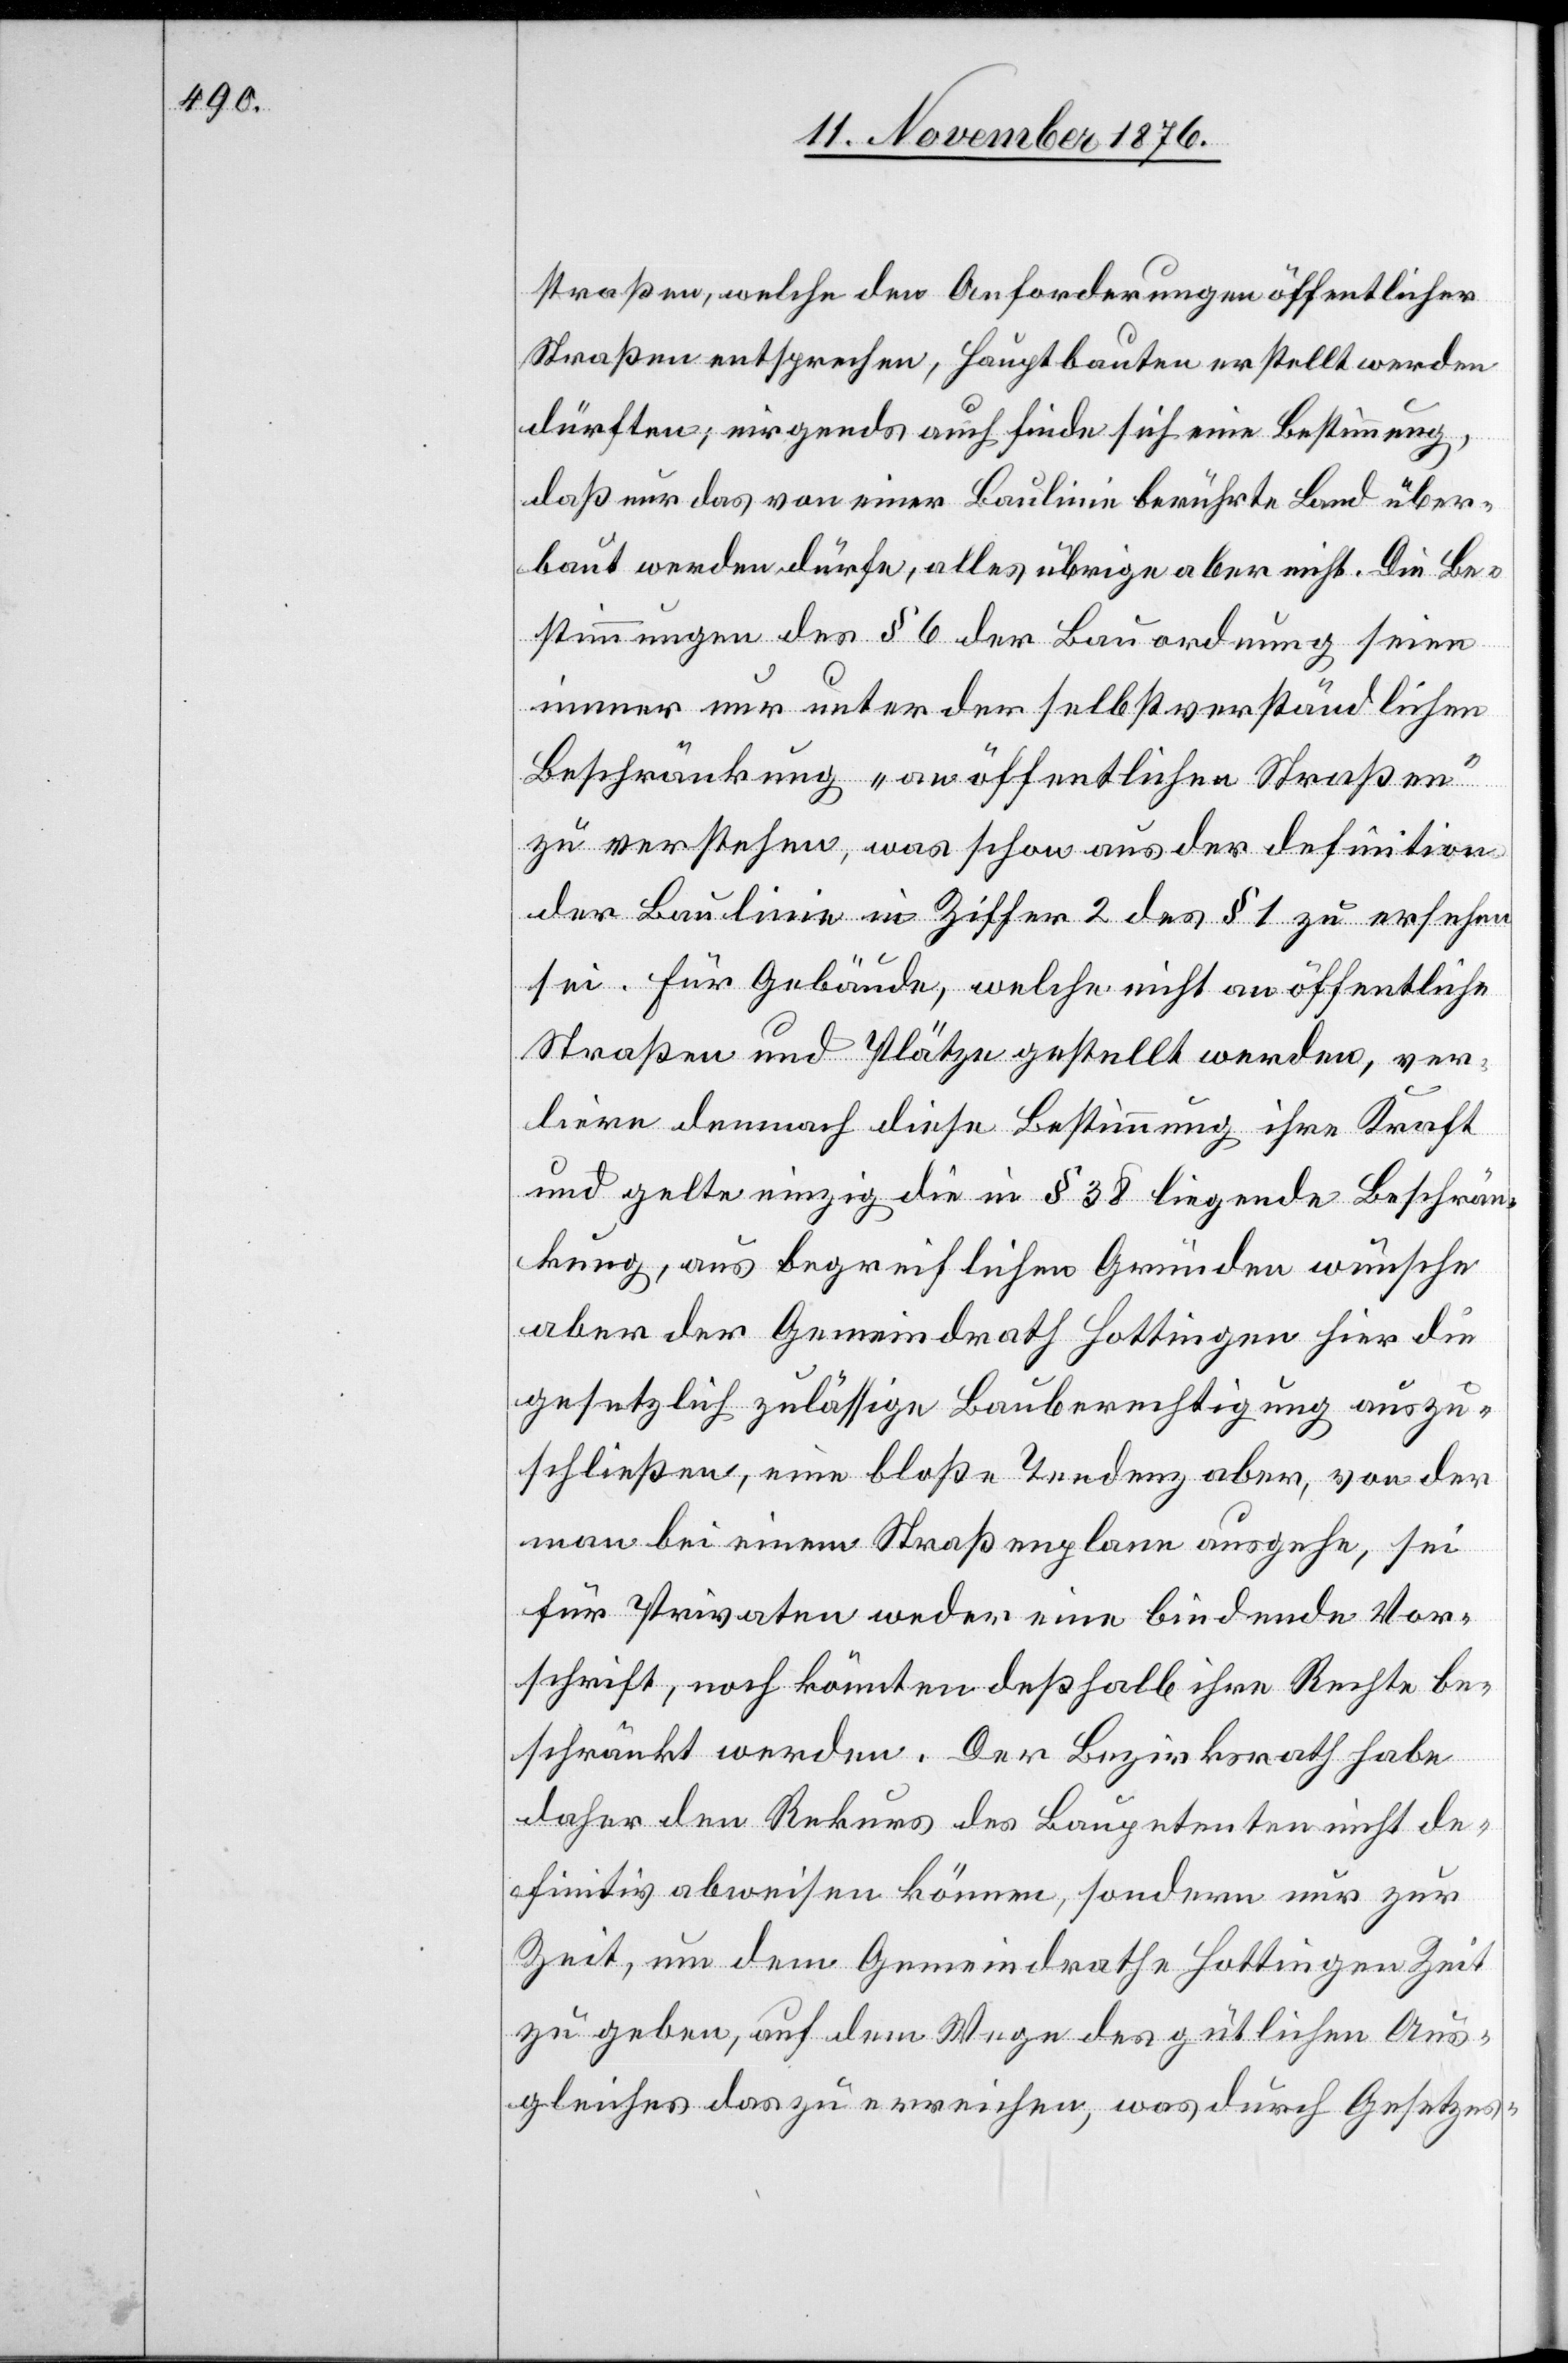
straßen, welche den Anforderungen öffentlicher
Straßen entsprechen, Hauptbauten erstellt werden
dürften; nirgends auch finde sich eine Bestimmung,
daß nur das von einer Baulinie berührte Land über¬
baut werden dürfe, alles übrige aber nicht. Die Be¬
stimmungen des § 6 der Bauordnung seien
immer nur unter der selbstverständlichen
Beschränkung „an öffentlichen Straßen“
zu verstehen, was schon aus der definition
der Baulinie in Ziffer 2 des § 1 zu ersehen
sei. Für Gebäude, welche nicht an öffentliche
Straßen und Plätze gestellt werden, ver¬
liere demnach diese Bestimmung ihre Kraft
und gelte einzig die in § 38 liegende Beschrän¬
kung, aus begreiflichen Gründen wünsche
aber der Gemeindrath Hottingen hier die
gesetzlich zulässige Bauberechtigung auszu¬
schließen, eine bloße Tendenz aber, von der
man bei einem Straßenplane ausgehe, sei
Private] weder eine bindende Vor¬
schrift, noch könnten deßhalb ihre Rechte be¬
schränkt werden. Der Bezirksrath habe
daher den Rekurs des Baupetenten nicht de¬
finitiv abweisen können, sondern nur zur
Zeit, um dem Gemeindrathe Hottingen Zeit
zu geben, auf dem Wege des gütlichen Aus¬
gleiches das zu erreichen, was durch Gesetzes-